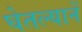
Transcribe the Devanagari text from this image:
घेतल्यानें